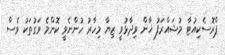
ޕްރޮސެކިއުޓާ މުޝައްރަފު ޚާން ވިދާޅުވީ ޒިޔާ މިހާރު ހުންނެވީ ކޮންމެ ވަގުތަކު ވެސް